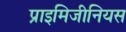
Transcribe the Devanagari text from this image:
प्राइमिजीनियस